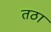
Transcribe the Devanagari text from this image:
तठा